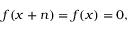
f ( x + n ) = f ( x ) = 0 ,